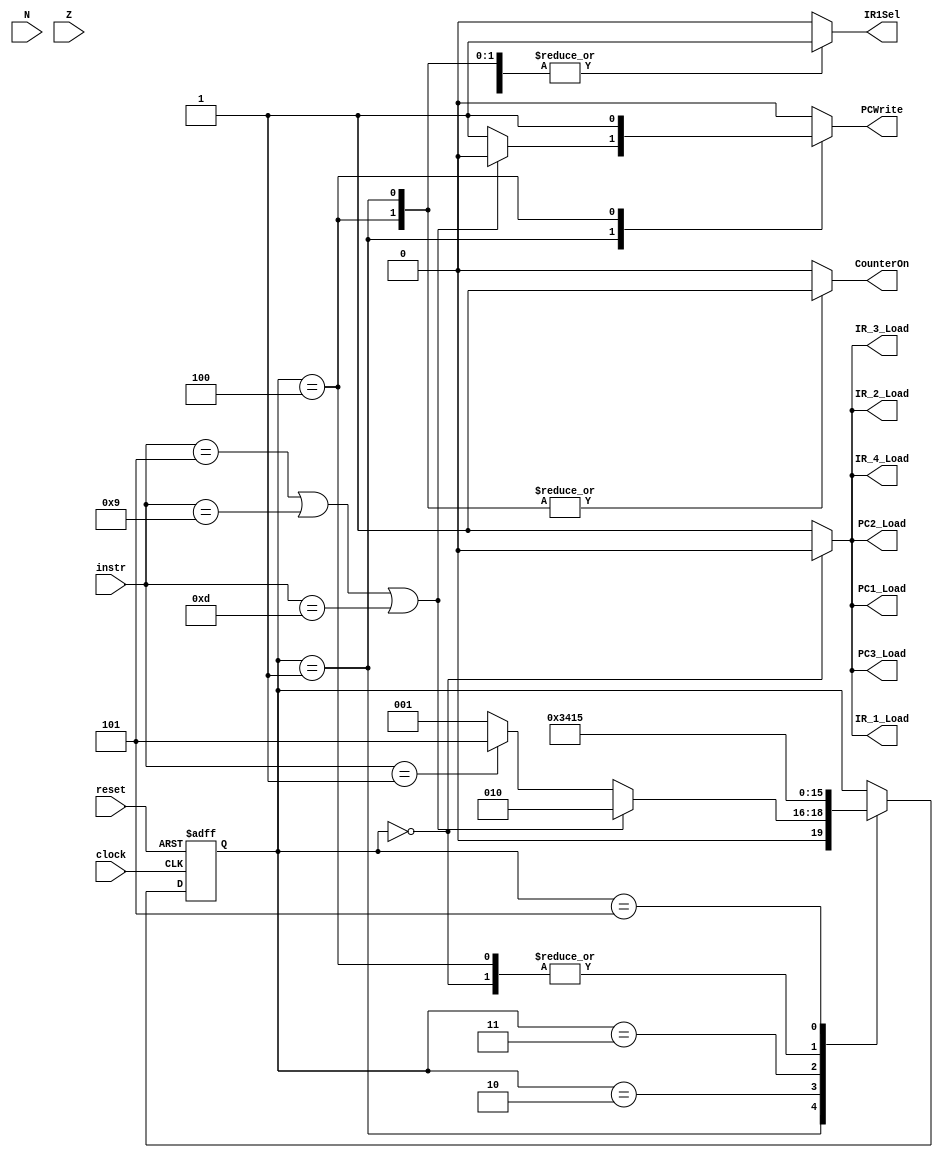
// ---------------------------------------------------------------------
// Copyright (c) 2007 by University of Toronto ECE 243 development team 
// ---------------------------------------------------------------------
//
// Major Functions:	control processor's datapath
// 
// Input(s):	1. instr: input is used to determine states
//				2. N: if branches, input is used to determine if
//					  negative condition is true
//				3. Z: if branches, input is used to determine if 
//					  zero condition is true
//
// Output(s):	control signals
//
//				** More detail can be found on the course note under
//				   "Multi-Cycle Implementation: The Control Unit"
//
// ---------------------------------------------------------------------

module FSM
(
	reset, instr, clock,
	N, Z,
	PCWrite,
	PC1_Load,
	PC2_Load,
	PC3_Load,
	IR_1_Load,
	IR_2_Load,
	IR_3_Load,
	IR_4_Load,
	IR1Sel,
	CounterOn
);
	input	[3:0] instr;
	input	N, Z;
	input	reset, clock;
	output	reg	PCWrite, PC1_Load, PC2_Load, PC3_Load;
	output	reg	IR_1_Load, IR_2_Load, IR_3_Load, IR_4_Load;
	output	reg	CounterOn, IR1Sel; 		//Control to turn on the counter, active high
	//output	[3:0] state;
	
	reg [3:0]	state;

	
	
	// state constants (note: asn = add/sub/nand, asnsh = add/sub/nand/shift)
	parameter [3:0] reset_s = 0, c1 = 1, c2_br = 2, c3_br = 3, c4_br = 4, c2_stop = 5;
	
	// determines the next state based upon the current state; supports
	// asynchronous reset
	always @(posedge clock or posedge reset)
	begin
		if (reset) state = reset_s;
		else
		begin
			case(state)
				reset_s:	state = c1; 		// reset state
				c1:			begin				// cycle 2
								if(instr == 4'b0101 | instr == 4'b1001 | instr == 4'b1101) state = c2_br;
								else if (instr == 4'b0001)	state = c2_stop;
								else state = c1;
							end
				c2_br:	state = c3_br;	
				c3_br:	state = c4_br;
				c4_br:	state = c1;
				c2_stop:	state = c2_stop;
			endcase
		end
	end

	// sets the control sequences based upon the current state and instruction
	always @(*)
	begin
		case (state)
			reset_s:	//control = 19'b0000000000000000000;
				begin
					PCWrite = 0;
					PC1_Load = 0;
					PC2_Load = 0;
					PC3_Load = 0;
					IR_1_Load = 0;
					IR_2_Load = 0;
					IR_3_Load = 0;
					IR_4_Load = 0;
					CounterOn =	0;
					IR1Sel = 1;
				end					
			c1: 		//control = 19'b1110100000010000000;
				begin
					if (instr == 4'b0101 | instr == 4'b1001 | instr == 4'b1101)	//For All branches
						begin
							PCWrite = 0;			//Prevent PC from incrementing immediately
							PC1_Load = 1;
							PC2_Load = 1;
							PC3_Load = 1;
							IR_1_Load = 1;
							IR_2_Load = 1;
							IR_3_Load = 1;
							IR_4_Load = 1;
							CounterOn =	1;
							IR1Sel = 1;
						end
					
					else
						begin
							PCWrite = 1;
							PC1_Load = 1;
							PC2_Load = 1;
							PC3_Load = 1;
							IR_1_Load = 1;
							IR_2_Load = 1;
							IR_3_Load = 1;
							IR_4_Load = 1;
							CounterOn =	1;
							IR1Sel = 1;
						end
				end	
			c2_br: 		//control = 19'b0000000100000000000;
				begin
					PCWrite = 0;
					PC1_Load = 1;
					PC2_Load = 1;
					PC3_Load = 1;
					IR_1_Load = 1;
					IR_2_Load = 1;
					IR_3_Load = 1;
					IR_4_Load = 1;
					CounterOn =	0;
					IR1Sel = 0;
				end
			c3_br: 		//control = 19'b0000000100000000000;
				begin
					PCWrite = 0;
					PC1_Load = 1;
					PC2_Load = 1;
					PC3_Load = 1;
					IR_1_Load = 1;
					IR_2_Load = 1;
					IR_3_Load = 1;
					IR_4_Load = 1;
					CounterOn =	0;
					IR1Sel = 0;
				end
			c4_br:
					begin
						PCWrite = 1;
						PC1_Load = 1;
						PC2_Load = 1;
						PC3_Load = 1;
						IR_1_Load = 1;
						IR_2_Load = 1;
						IR_3_Load = 1;
						IR_4_Load = 1;
						CounterOn =	1;
						IR1Sel = 1;
					end
			c2_stop: 		//control = 19'b0000000100000000000;
				begin
					PCWrite = 0;
					PC1_Load = 1;
					PC2_Load = 1;
					PC3_Load = 1;
					IR_1_Load = 1;
					IR_2_Load = 1;
					IR_3_Load = 1;
					IR_4_Load = 1;
					CounterOn =	0;
					IR1Sel = 0;
				end
			default:	//control = 19'b0000000000000000000;
				begin
					PCWrite = 0;
					PC1_Load = 1;
					PC2_Load = 1;
					PC3_Load = 1;
					IR_1_Load = 1;
					IR_2_Load = 1;
					IR_3_Load = 1;
					IR_4_Load = 1;
					CounterOn =	0;
					IR1Sel = 0;
				end
		endcase
	end
	
endmodule